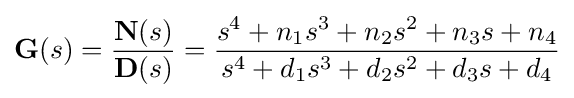
{\textbf {G}}(s)={\frac {{\textbf {N}}(s)}{{\textbf {D}}(s)}}={\frac {s^{4}+n_{1}s^{3}+n_{2}s^{2}+n_{3}s+n_{4}}{s^{4}+d_{1}s^{3}+d_{2}s^{2}+d_{3}s+d_{4}}}